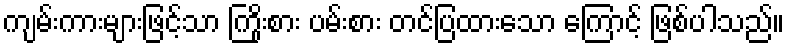
ကျမ်းကားများဖြင့်သာ ကြိုးစား ပမ်းစား တင်ပြထားသော ကြောင့် ဖြစ်ပါသည်။